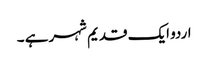
اردو ایک قدیم شہر ہے ۔